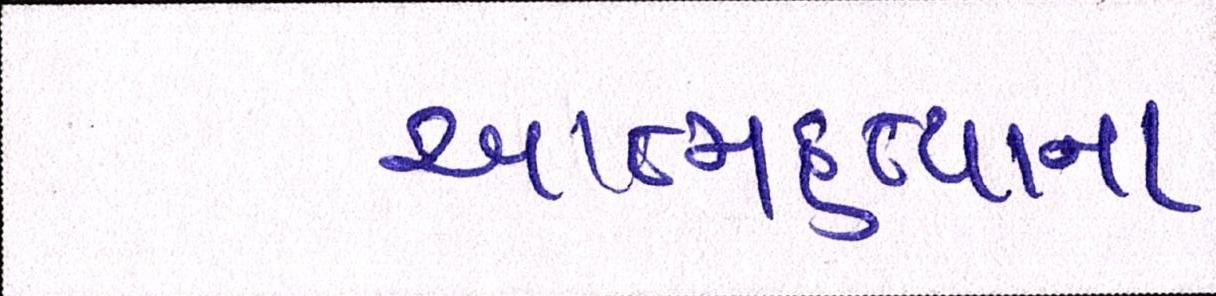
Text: આત્મહત્યાના